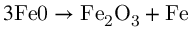
3 \mathrm { F e 0 } \rightarrow \mathrm { F e _ { 2 } O _ { 3 } + F e }